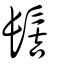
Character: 髻